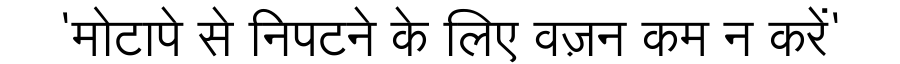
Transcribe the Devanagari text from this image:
'मोटापे से निपटने के लिए वज़न कम न करें'